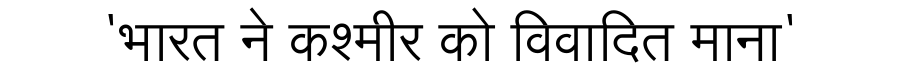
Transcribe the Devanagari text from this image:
'भारत ने कश्मीर को विवादित माना'